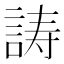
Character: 𬢪